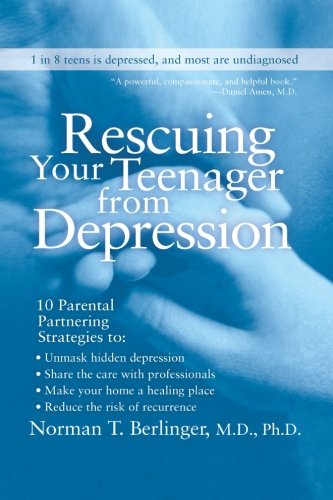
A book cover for Rescuing Your Teenager from Depression; Norman T., M.D. Berlinger; Health, Fitness & Dieting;